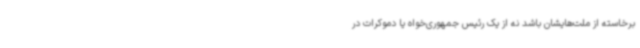
برخاسته از ملت‌هایشان باشد نه از یک رئیس جمهوری‌خواه یا دموکرات در